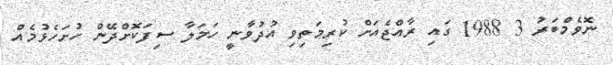
ނޮވެމްބަރު 3 1988 ގައި ރާއްޖެއަށް ކުރިމަތިވި އުދުވާނީ ހަމަލާ ސިފަކޮށްދޭން ހުށަހެޅުމެއް